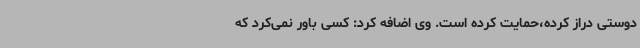
دوستی دراز کرده،حمایت کرده است. وی اضافه کرد: کسی باور نمی‌کرد که